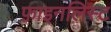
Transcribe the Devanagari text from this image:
फ़ाइनलिस्ट